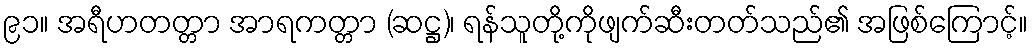
၉၁။ အရီဟတတ္တာ အာရကတ္တာ (ဆဋ္ဌ)၊ ရန်သူတို့ကိုဖျက်ဆီးတတ်သည်၏ အဖြစ်ကြောင့်။